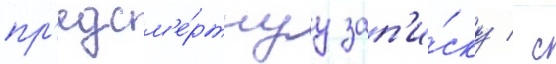
пр'едсм'е́ртнуу зап'и́ску / с